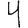
Digit: 4